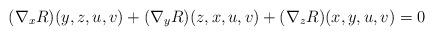
LaTeX: \begin{align*} (\nabla_xR)(y,z,u,v)+(\nabla_yR)(z,x,u,v)+(\nabla_zR)(x,y,u,v)=0 \end{align*}